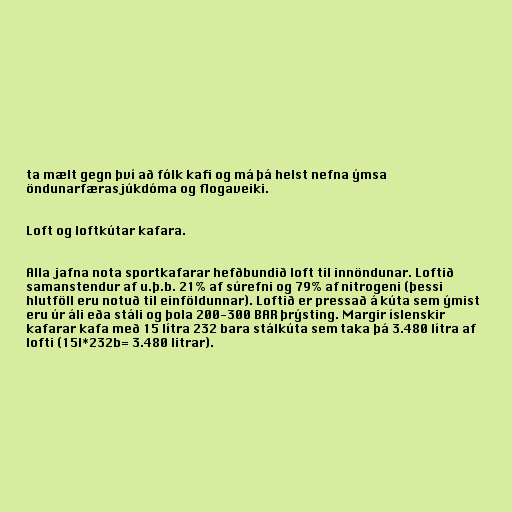
ta mælt gegn því að fólk kafi og má þá helst nefna ýmsa
öndunarfærasjúkdóma og flogaveiki.

Loft og loftkútar kafara.

Alla jafna nota sportkafarar hefðbundið loft til innöndunar. Loftið
samanstendur af u.þ.b. 21% af súrefni og 79% af nitrogeni (þessi
hlutföll eru notuð til einföldunnar). Loftið er pressað á kúta sem ýmist
eru úr áli eða stáli og þola 200-300 BAR þrýsting. Margir íslenskir
kafarar kafa með 15 lítra 232 bara stálkúta sem taka þá 3.480 lítra af
lofti (15l*232b= 3.480 litrar).